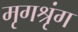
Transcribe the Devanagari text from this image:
मृगश्रृंग